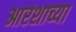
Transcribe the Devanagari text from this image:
आरशाच्या